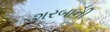
શરબાની